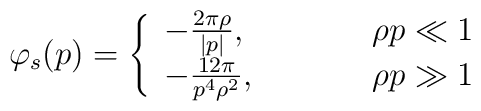
\varphi _{s}(p)=  \left\{\begin{array}{ll}  -\frac{2\pi\rho}{|p|},   \;\;\;\;\;\;\;\;\;\;& \rho p\ll 1 \\  -\frac{12\pi}{p^{4}\rho ^2},   \;\;\;\;\;\;\;\;\;\;& \rho p\gg 1\end{array}\right.